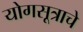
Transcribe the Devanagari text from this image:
योगसूत्राचे